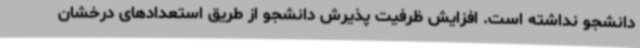
دانشجو نداشته است. افزایش ظرفیت پذیرش دانشجو از طریق استعدادهای درخشان